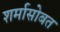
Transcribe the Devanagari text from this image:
शर्मासोबत